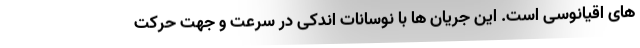
های اقیانوسی است. این جریان ها با نوسانات اندکی در سرعت و جهت حرکت